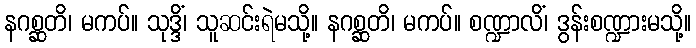
နဂစ္ဆတိ၊ မကပ်။ သုဒ္ဒိံ၊ သူဆင်းရဲမသို့။ နဂစ္ဆတိ၊ မကပ်။ စဏ္ဍာလိံ၊ ဒွန်းစဏ္ဍားမသို့။